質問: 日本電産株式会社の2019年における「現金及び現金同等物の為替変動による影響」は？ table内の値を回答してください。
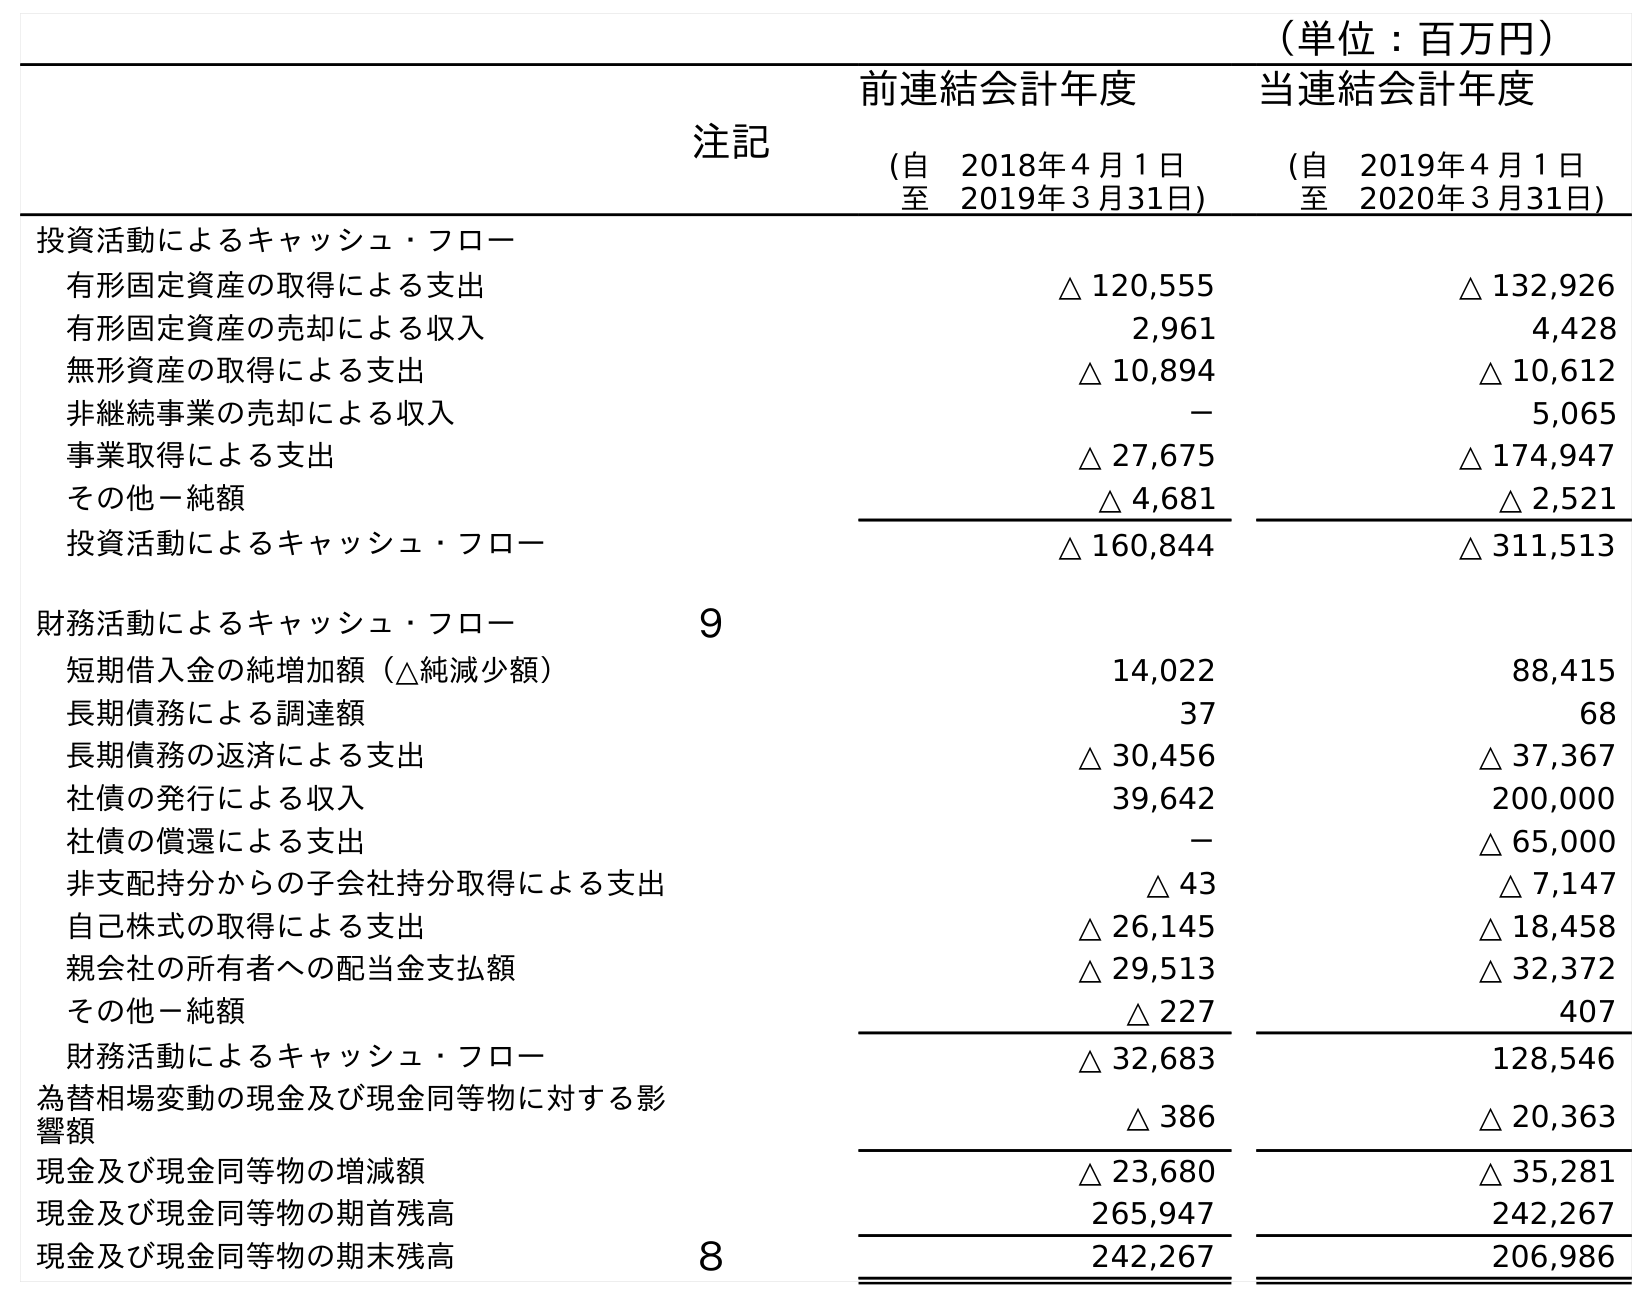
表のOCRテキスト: （単位：百万円） 注記 前連結会計年度 (自 2018年４月１日 至 2019年３月31日) 当連結会計年度 (自 2019年４月１日 至 2020年３月31日) 投資活動によるキャッシュ・フロー 有形固定資産の取得による支出 △ 120,555 △ 132,926 有形固定資産の売却による収入 2,961 4,428 無形資産の取得による支出 △ 10,894 △ 10,612 非継続事業の売却による収入 － 5,065 事業取得による支出 △ 27,675 △ 174,947 その他－純額 △ 4,681 △ 2,521 投資活動によるキャッシュ・フロー △ 160,844 △ 311,513 財務活動によるキャッシュ・フロー ９ 短期借入金の純増加額（△純減少額） 14,022 88,415 長期債務による調達額 37 68 長期債務の返済による支出 △ 30,456 △ 37,367 社債の発行による収入 39,642 200,000 社債の償還による支出 － △ 65,000 非支配持分からの子会社持分取得による支出 △ 43 △ 7,147 自己株式の取得による支出 △ 26,145 △ 18,458 親会社の所有者への配当金支払額 △ 29,513 △ 32,372 その他－純額 △ 227 407 財務活動によるキャッシュ・フロー △ 32,683 128,546 為替相場変動の現金及び現金同等物に対する影 響額 △ 386 △ 20,363 現金及び現金同等物の増減額 △ 23,680 △ 35,281 現金及び現金同等物の期首残高 265,947 242,267 現金及び現金同等物の期末残高 ８ 242,267 206,986
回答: △386